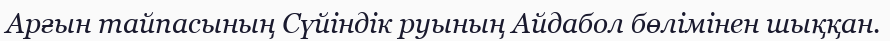
Арғын тайпасының Сүйіндік руының Айдабол бөлімінен шыққан.